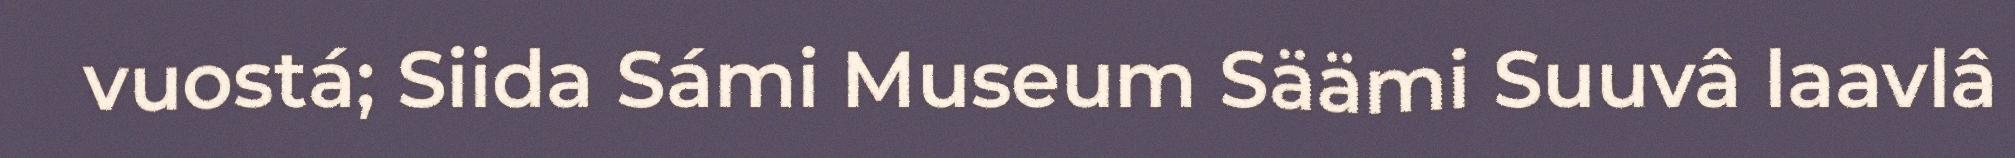
vuostá; Siida Sámi Museum Säämi Suuvâ laavlâ